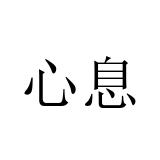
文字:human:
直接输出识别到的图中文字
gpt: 心息